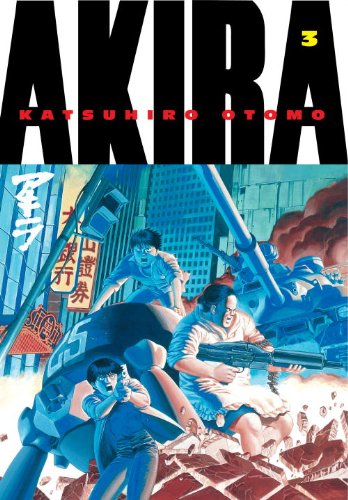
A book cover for Akira, Vol. 3; Katsuhiro Otomo; Comics & Graphic Novels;